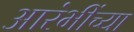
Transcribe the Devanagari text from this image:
आरंभींच्या